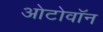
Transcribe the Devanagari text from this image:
ओटोवॉन